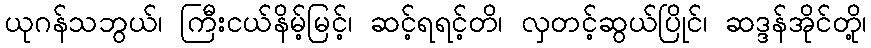
ယုဂန်သဘွယ်၊ ကြီးငယ်နိမ့်မြင့်၊ ဆင့်ရရင့်တိ၊ လှတင့်ဆွယ်ပြိုင်၊ ဆဒ္ဒန်အိုင်တို့၊